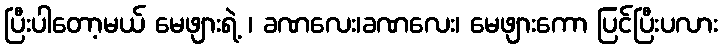
ပြီးပါတော့မယ် မေဖျားရဲ့ ၊ ခဏလေး၊ခဏလေး၊ မေဖျားကော ပြင်ပြီးပလား